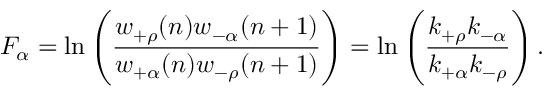
F _ { \alpha } = \ln \left( \frac { w _ { + \rho } ( n ) w _ { - \alpha } ( n + 1 ) } { w _ { + \alpha } ( n ) w _ { - \rho } ( n + 1 ) } \right) = \ln \left( \frac { k _ { + \rho } k _ { - \alpha } } { k _ { + \alpha } k _ { - \rho } } \right) .